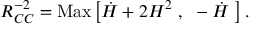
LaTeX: R _ { C C } ^ { - 2 } = \mathrm { M a x } \left[ \dot { H } + 2 H ^ { 2 } ~ , ~ - \dot { H } ~ \right] .